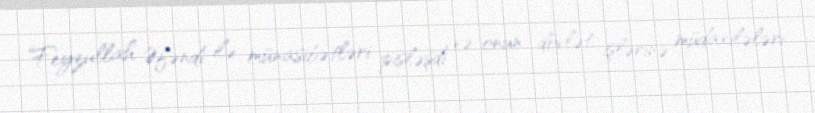
Feyzullah Əfəndi ilə münasibətləri pisləşdi və onun dövlət işlərinə müdaxilələri